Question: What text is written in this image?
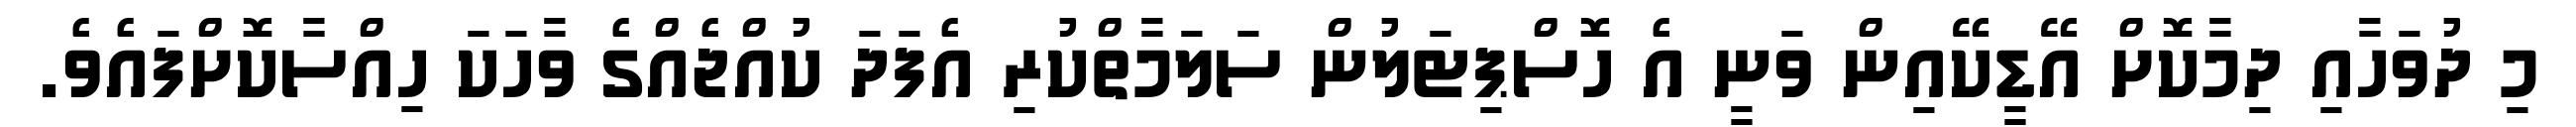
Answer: މި ދުވަހާއި ދިމާކޮށް އޭޑީކޭއިން ވަނީ އެ ހޮސްޕިޓަލުން ސަލަމާތްކުރި އެފަދަ ކުއްޖެއްގެ ވާހަކަ ހިއްސާކޮށްފައެވެ.